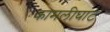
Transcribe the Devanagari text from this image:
कामलीघाट